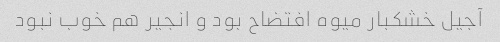
آجیل خشکبار میوه افتضاح بود و انجیر هم خوب نبود